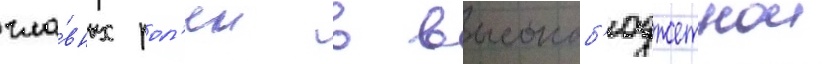
гла́вных рол'еи в высокоб'юджетнои